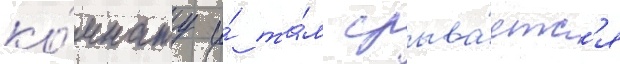
ко́мнату и́ та́м срыва́етс'я